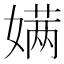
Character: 𮱔